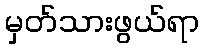
မှတ်သားဖွယ်ရာ